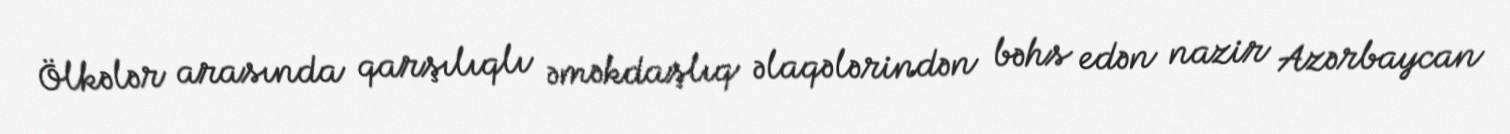
Ölkələr arasında qarşılıqlı əməkdaşlıq əlaqələrindən bəhs edən nazir Azərbaycan